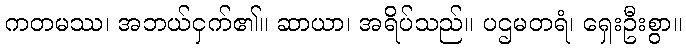
ကတမဿ၊ အဘယ်ငှက်၏။ ဆာယာ၊ အရိပ်သည်။ ပဌမတရံ၊ ရှေးဦးစွာ။